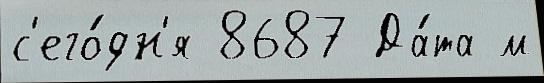
с'его́дн'я 8687 Да́та м